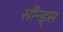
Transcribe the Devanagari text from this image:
सौन्ड्स